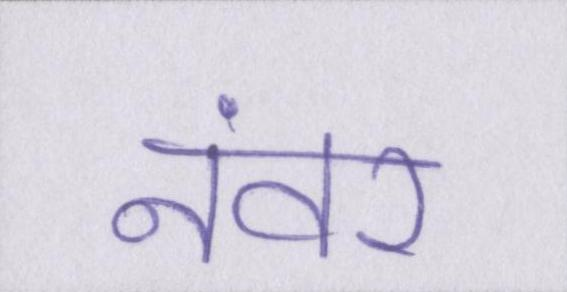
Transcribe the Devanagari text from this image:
नंवर